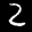
Label: 2